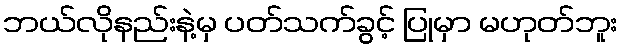
ဘယ်လိုနည်းနဲ့မှ ပတ်သက်ခွင့် ပြုမှာ မဟုတ်ဘူး